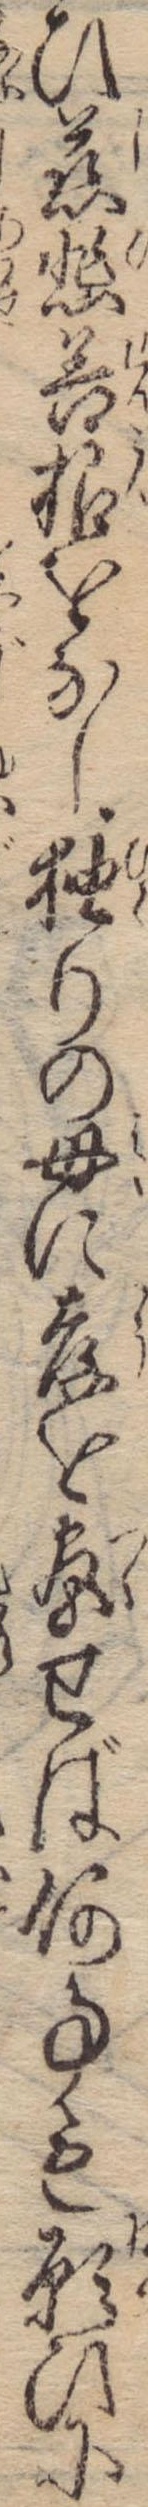
ひ慈悲善根をなし独りの母に孝を尽せば何事も願ひに